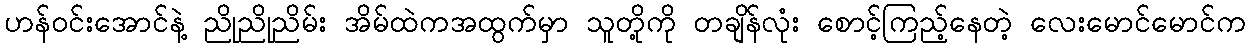
ဟန်ဝင်းအောင်နဲ့ ညိုညိုညိမ်း အိမ်ထဲကအထွက်မှာ သူတို့ကို တချိန်လုံး စောင့်ကြည့်နေတဲ့ လေးမောင်မောင်က